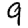
Digit: 9